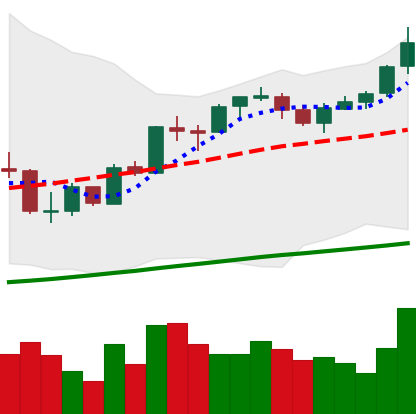
Ticker: BTC-USD
Chart end date: 2017-10-09
Forward return: 22.208%
Label: up_7plus